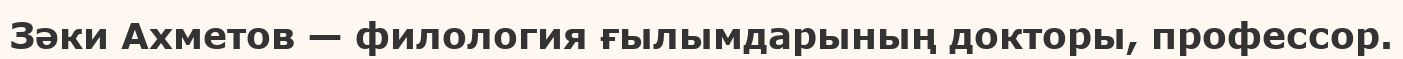
Зәки Ахметов — филология ғылымдарының докторы, профессор.